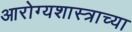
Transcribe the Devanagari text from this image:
आरोग्यशास्त्राच्या